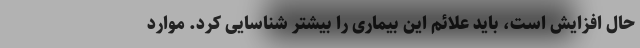
حال افزایش است، باید علائم این بیماری را بیشتر شناسایی کرد. موارد